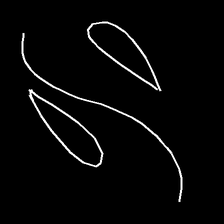
Glyph: water